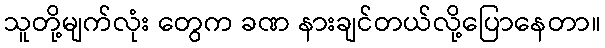
သူတို့မျက်လုံး တွေက ခဏ နားချင်တယ်လို့ပြောနေတာ။